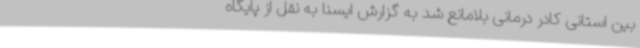
بین استانی کادر درمانی بلامانع شد به گزارش ایسنا به نقل از پایگاه